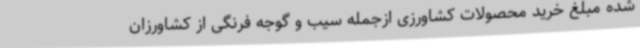
شده مبلغ خرید محصولات کشاورزی ازجمله سیب و گوجه فرنگی از کشاورزان